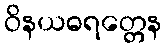
ဝိနယဓရတ္တေန